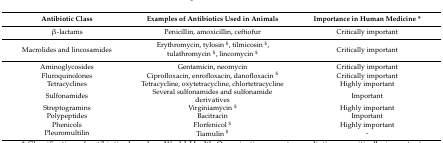
<table><thead><tr><td><b>Antibiotic Class</b></td><td><b>Examples of Antibiotics Used in Animals</b></td><td><b>Importance in Human Medicine *</b></td></tr></thead><tbody><tr><td>β-lactams</td><td>Penicillin, amoxicillin, ceftiofur</td><td>Critically important</td></tr><tr><td>Macrolides and lincosamides</td><td>Erythromycin, tylosin <sup>$</sup>, tilmicosin <sup>$</sup>, tulathromycin <sup>$</sup>, lincomycin <sup>$</sup></td><td>Critically important</td></tr><tr><td>Aminoglycosides</td><td>Gentamicin, neomycin</td><td>Critically important</td></tr><tr><td>Fluroquinolones</td><td>Ciprofloxacin, enrofloxacin, danofloxacin <sup>$</sup></td><td>Critically important</td></tr><tr><td>Tetracyclines</td><td>Tetracycline, oxytetracycline, chlortetracycline</td><td>Highly important</td></tr><tr><td>Sulfonamides</td><td>Several sulfonamides and sulfonamide derivatives</td><td>Important</td></tr><tr><td>Streptogramins</td><td>Virginiamycin <sup>$</sup></td><td>Highly important</td></tr><tr><td>Polypeptides</td><td>Bacitracin</td><td>Important</td></tr><tr><td>Phenicols</td><td>Florfenicol <sup>$</sup></td><td>Highly important</td></tr><tr><td>Pleuromultilin</td><td>Tiamulin <sup>$</sup></td><td>-</td></tr></tbody></table>